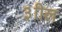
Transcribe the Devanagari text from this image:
३ाील